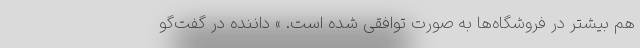
هم بیشتر در فروشگاه‌ها به صورت توافقی شده است. » داننده در گفت‌گو